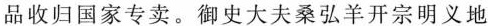
品收归国家专卖。御史大夫桑弘羊开宗明义地